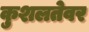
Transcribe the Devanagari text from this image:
कुशलतेवर